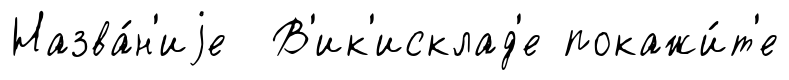
Назва́н'иjе В'ик'исклад'е покажи́т'е